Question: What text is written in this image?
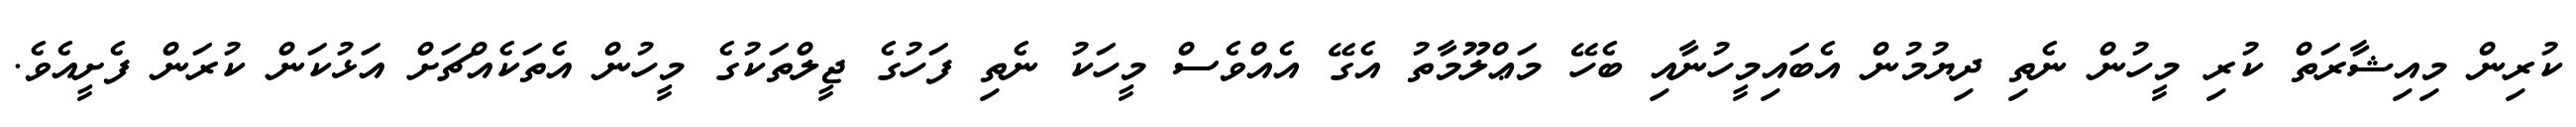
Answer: ކުރިން މިއިޝާރަތް ކުރި މީހުން ނެތި ދިޔުމުން އެބައިމީހުނާއި ބެހޭ މަޢްލޫމާތު އެގޭ އެއްވެސް މީހަކު ނެތި ފަހުގެ ޖީލްތަކުގެ މީހުން އެތަކެއްޗަށް އަޅުކަން ކުރަން ފެށީއެވެ.